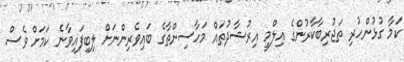
ކަމާ ގުޅުންހުރި ތަޖުރިބާކާރުންގެ އިލްމީ އިރުޝާދުތައް މަހާސިންތާގެ ބައިވެރިންނަށް ލިބިފައިވާނެ ކަމަށް ވެސް